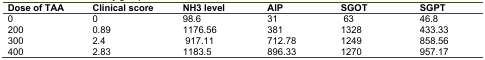
<table><thead><tr><td><b>Dose of TAA</b></td><td><b>Clinical score</b></td><td><b>NH3 level</b></td><td><b>AlP</b></td><td><b>SGOT</b></td><td><b>SGPT</b></td></tr></thead><tbody><tr><td>0</td><td>0</td><td>98.6</td><td>31</td><td>63</td><td>46.8</td></tr><tr><td>200</td><td>0.89</td><td>1176.56</td><td>381</td><td>1328</td><td>433.33</td></tr><tr><td>300</td><td>2.4</td><td>917.11</td><td>712.78</td><td>1249</td><td>858.56</td></tr><tr><td>400</td><td>2.83</td><td>1183.5</td><td>896.33</td><td>1270</td><td>957.17</td></tr></tbody></table>